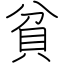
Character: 貧